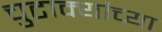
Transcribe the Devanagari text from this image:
चुटाक्यांच्या